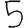
Digit: 5